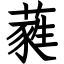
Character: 蕤